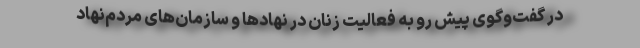
در گفت‌وگوی پیش رو به فعالیت زنان در نهادها و سازمان‌های مردم‌نهاد